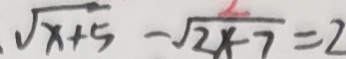
\sqrt { x + 5 } - \sqrt { 2 x - 7 } = 2